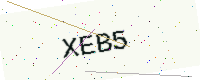
Text: XEB5